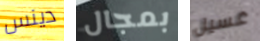
دينس بمجال غسيل